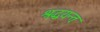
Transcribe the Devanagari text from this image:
श्रद्धयन्तः